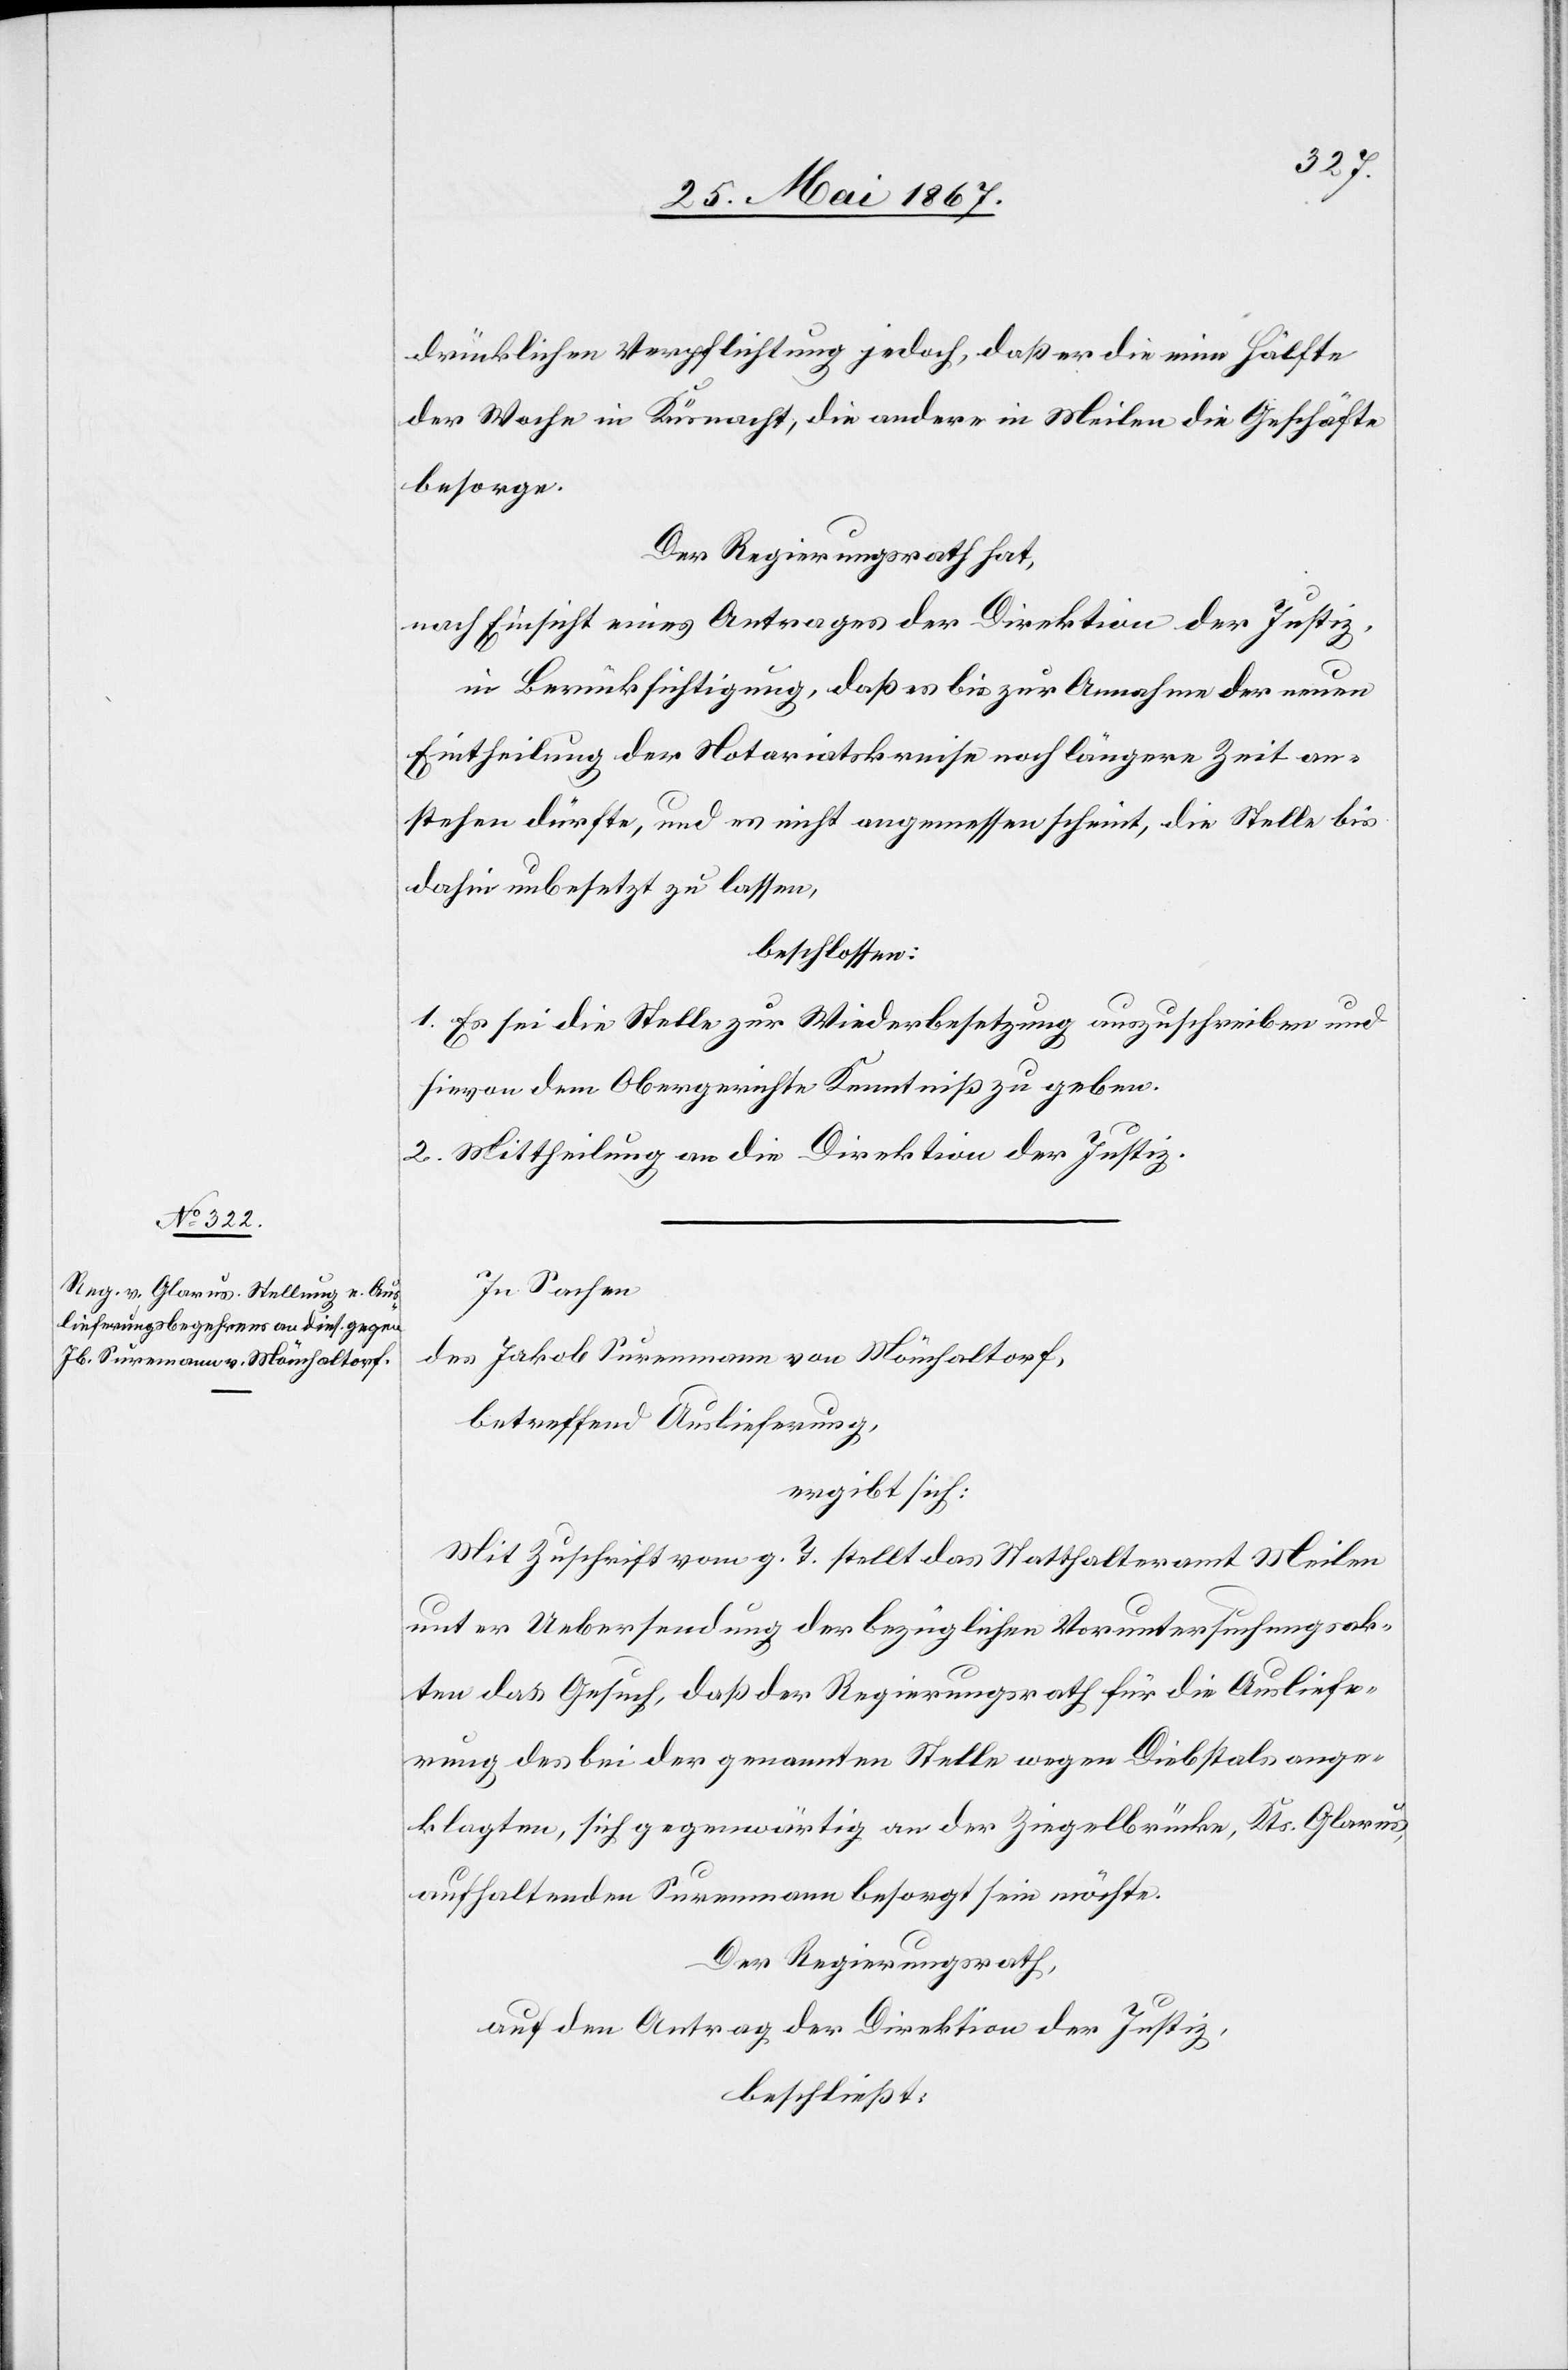
drücklichen Verpflichtung jedoch, daß er die eine Hälfte
der Woche in Küsnacht, die andere in Meilen die Geschäfte
besorge.
Der Regierungsrath hat,
nach Einsicht eines Antrages der Direktion der Justiz,
in Berücksichtigung, daß es bis zur Annahme der neuen
Eintheilung der Notariatskreise noch längere Zeit an¬
stehen dürfte, und es nicht angemessen scheint, die Stelle bis
dahin unbesetzt zu lassen,
beschlossen:
I. Es sei die Stelle zur Wiederbesetzung auszuschreiben und
hievon dem Obergerichte Kenntniß zu geben.
II. Mittheilung an die Direktion der Justiz.
In Sachen
des Jakob Surenmann von Mönchaltorf,
betreffend Auslieferung,
ergibt sich:
Mit Zuschrift vom g. T. stellt das Statthalteramt Meilen
unter Uebersendung der bezüglichen Voruntersuchungsak¬
ten das Gesuch, daß der Regierungsrath für die Ausliefe¬
rung des bei der genannten Stelle wegen Diebstals ange¬
klagten, sich gegenwärtig an der Ziegelbrücke, Kts. Glarus,
aufhaltenden Surenmann besorgt sein möchte.
Der Regierungsrath,
auf den Antrag der Direktion der Justiz,
beschließt: